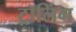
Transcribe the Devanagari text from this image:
ट्रॉलिंग